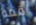
فمه